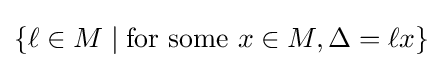
\{\ell \in M\mid {\text{for some }}x\in M,\Delta =\ell x\}